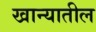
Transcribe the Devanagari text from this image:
खान्यातील